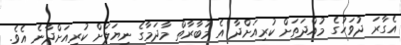
އެގާރަ ދުވަހުގެ މުއްދަތަށް ކުރިއަށްދާ އެ މުބާރާތް މާދަމާގެ ނިޔަލަށް ކުރިއަށްދާނެ އެވެ.